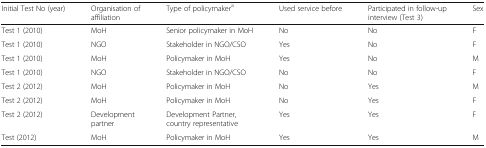
| Initial Test No (year) | Organisation of affiliation | Type of policymakera | Used service before | Participated in follow-up interview (Test 3) | Sex |
 | --- | --- | --- | --- | --- | --- |
 | Test 1 (2010) | MoH | Senior policymaker in MoH | No | No | F |
 | Test 1 (2010) | NGO | Stakeholder in NGO/CSO | Yes | No | F |
 | Test 1 (2010) | MoH | Policymaker in MoH | Yes | No | M |
 | Test 1 (2010) | NGO | Stakeholder in NGO/CSO | No | No | F |
 | Test 2 (2012) | MoH | Policymaker in MoH | No | Yes | M |
 | Test 2 (2012) | MoH | Policymaker in MoH | No | Yes | F |
 | Test 2 (2012) | Development partner | Development Partner, country representative | Yes | Yes | F |
 | Test (2012) | MoH | Policymaker in MoH | Yes | Yes | M |